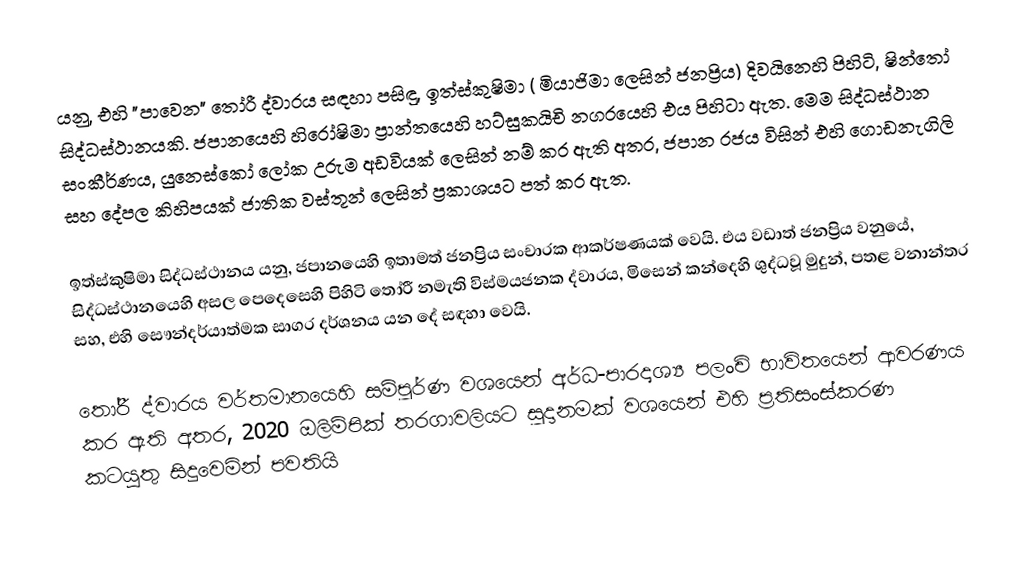
යනු,   එහි "පාවෙන" තෝරී ද්වාරය සඳහා පසිඳු, ඉත්ස්කුෂිමා ( මියාජිමා ලෙසින් ජනප්‍රිය)  දිවයිනෙහි පිහිටි, ෂින්තෝ සිද්ධස්ථානයකි.  ජපානයෙහි හිරෝෂිමා ප්‍රාන්තයෙහි හට්සුකයිචි නගරයෙහි එය පිහිටා ඇත. මෙම සිද්ධස්ථාන සංකීර්ණය,  යුනෙස්කෝ ලෝක උරුම අඩවියක් ලෙසින් නම් කර ඇති අතර, ජපාන රජය විසින් එහි ගොඩනැගිලි සහ දේපල කිහිපයක්  ජාතික වස්තූන් ලෙසින් ප්‍රකාශයට පත් කර ඇත.

ඉත්ස්කුෂිමා සිද්ධස්ථානය යනු, ජපානයෙහි ඉතාමත් ජනප්‍රිය සංචාරක ආකර්ෂණයක් වෙයි. එය වඩාත් ජනප්‍රිය වනුයේ, සිද්ධස්ථානයෙහි  අසල පෙදෙසෙහි පිහිටි තෝරී නමැති විස්මයජනක ද්වාරය,  මිසෙන් කන්දෙහි ශුද්ධවූ මුදුන්, පතළ වනාන්තර සහ, එහි  සෞන්දර්යාත්මක සාගර දර්ශනය යන දේ සඳහා වෙයි.

තෝරී ද්වාරය වර්තමානයෙහි සම්පූර්ණ වශයෙන් අර්ධ-පාරදෘශ්‍ය පලංචි භාවිතයෙන් ආවරණය කර ඇති අතර, 2020 ඔලිම්පික් තරගාවලියට සූදානමක් වශයෙන් එහි ප්‍රතිසංස්කරණ කටයුතු සිදුවෙමින් පවතියි